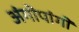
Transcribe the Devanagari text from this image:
अंगोपांगों